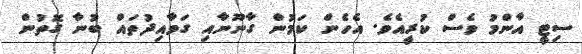
ސިޓީ އާންމު ވެސް ކުރީއެވެ. އެހެން ކަމުން ގާނޫނާއި ގަވާއިދުތައް ބުނާ ގޮތުން